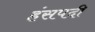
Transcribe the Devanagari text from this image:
हंसपदी